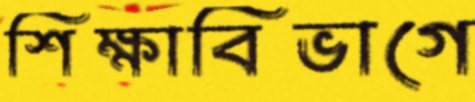
শিক্ষাবিভাগে